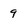
Character: 9